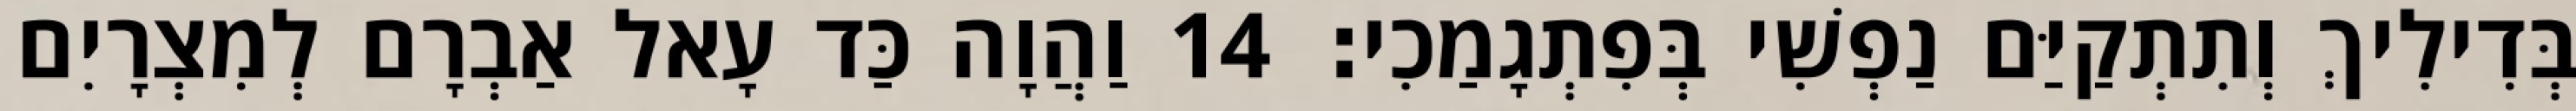
בְּדִילִיךְ וְתִתְקַיַּם נַפְשִׁי בְּפִתְגָמַכִי׃ 14 וַהֲוָה כַּד עָאל אַבְרָם לְמִצְרָיִם